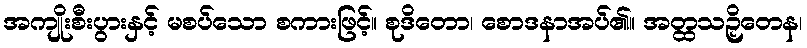
အကျိုးစီးပွားနှင့် မစပ်သော စကားဖြင့်။ စုဒိတော၊ စောဒနာအပ်၏။ အတ္ထသဉှိတေန၊